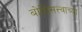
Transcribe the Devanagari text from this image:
बोधिसत्त्वाच्या